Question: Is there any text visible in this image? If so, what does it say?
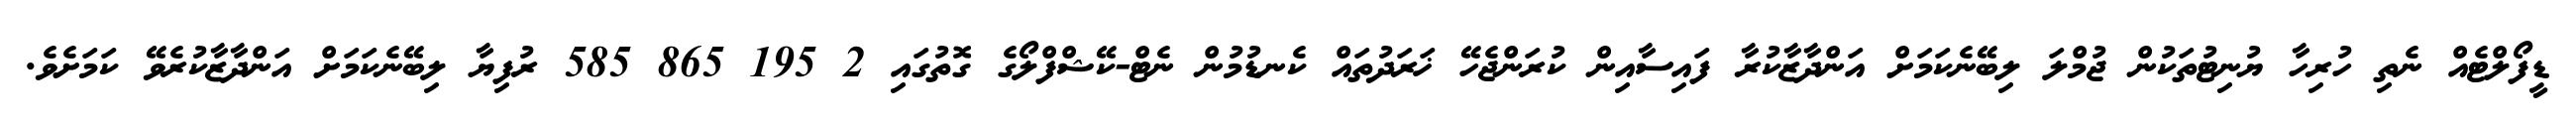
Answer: ޑީފޯލްޓެއް ނެތި ހުރިހާ ޔުނިޓުތަކުން ޖުމްލަ ލިބޭނެކަމަށް އަންދާޒާކުރާ ފައިސާއިން ކުރަންޖެހޭ ޚަރަދުތައް ކެނޑުމުން ނެޓް-ކޭޝްފްލޯގެ ގޮތުގައި 2 195 865 585 ރުފިޔާ ލިބޭނެކަމަށް އަންދާޒާކުރެވޭ ކަމަށެވެ.